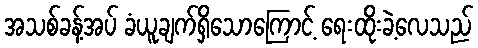
အသစ်ခန့်အပ် ခံယူချက်ရှိသောကြောင့် ရေးထိုးခဲ့လေသည်